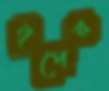
নৃপের